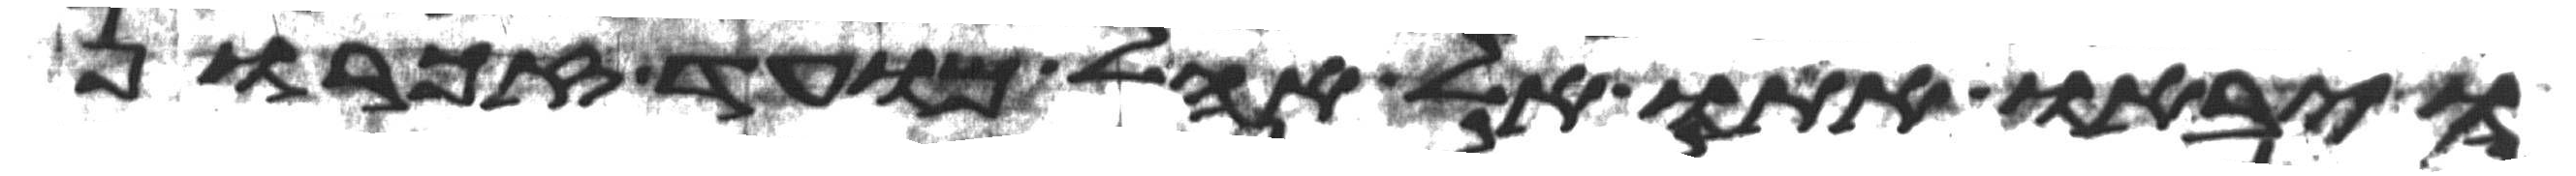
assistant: ויביאו אתו אל אהל מועד זכרון